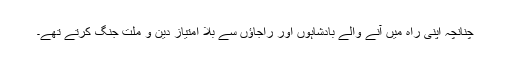
چنانچہ اپنی راہ میں آنے والے بادشاہوں اور راجاؤں سے بلا امتیاز دین و ملت جنگ کرتے تھے۔